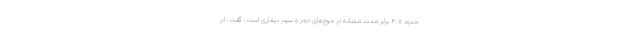
حدود ۳.۷ برابر مدت مشابه در موج‌های دوم و سوم بیماری است، گفت: ام